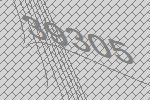
39305